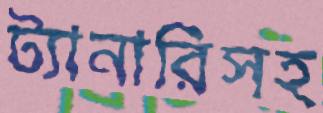
ট্যানারিসহ